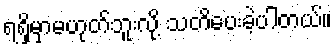
ရရှိမှာမဟုတ်ဘူးလို့ သတိပေးခဲ့ပါတယ်။